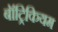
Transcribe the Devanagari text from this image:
बॉट्रिकियम